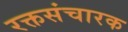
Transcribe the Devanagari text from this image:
रक्तसंचारक